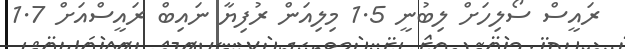
ރައީސް ސޯލިހަށް ލިބުނީ 1.5 މިލިއަން ރުފިޔާ ނައިބް ރައީސްއަށް 1.7